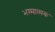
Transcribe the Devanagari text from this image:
भस्मात्मक